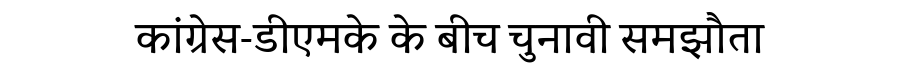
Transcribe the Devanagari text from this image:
कांग्रेस-डीएमके के बीच चुनावी समझौता